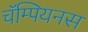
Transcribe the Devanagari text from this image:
चॅम्पियनस